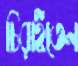
চিরাইতেন